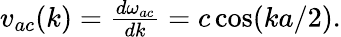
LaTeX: \begin{array}{r}{v_{ac}(k)=\frac{d\omega_{ac}}{dk}=c\cos(ka/2).}\end{array}